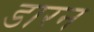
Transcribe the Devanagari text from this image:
डारन